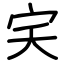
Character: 宎